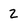
Character: 2